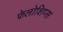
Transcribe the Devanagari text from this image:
फेलोशिप्स